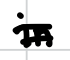
Text: in
Cross-out: double-line
Writing tool: digital_black